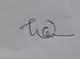
Signature authenticity: genuine